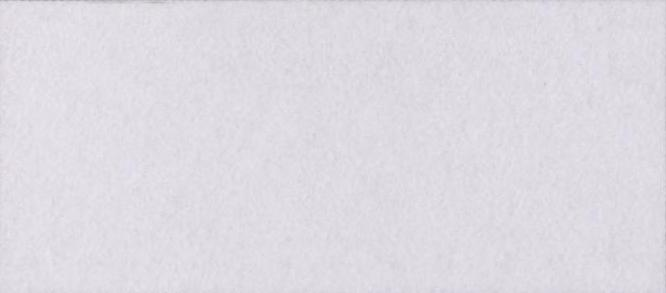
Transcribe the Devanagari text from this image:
बनती